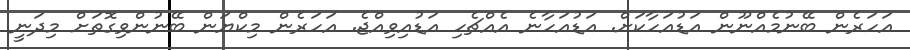
އަހަރެން ބޭނުމެއްނޫން އަޑުއަހާކަށް. އަޑުއަހާނެ އެއްޗެހި އަޑުއިވިއްޖެ. އަހަރެން މިކްޔަން ބޭނުންވިގޮތަށް މިދަނީ